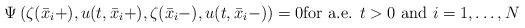
LaTeX: \begin{align*} \Psi \left( \zeta (\bar x_i+),u(t,\bar x_i+), \zeta (\bar x_i-),u(t,\bar x_i-) \right) = 0 \mbox{for a.e. }t>0 \mbox{ and } i=1, \ldots, N\end{align*}